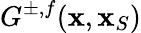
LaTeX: G^{\pm,f}({\mathbf x},{\mathbf x}_{S})